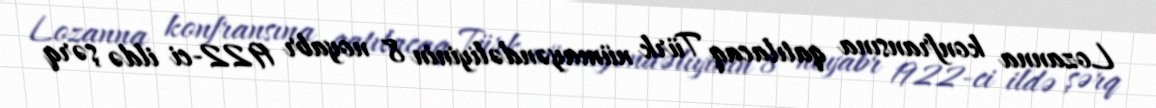
Lozanna konfransına qatılacaq Türk nümayəndəliyinin 8 noyabr 1922-ci ildə şərq